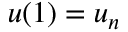
u ( 1 ) = u _ { n }